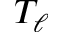
T _ { \ell }